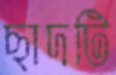
ছাদটি